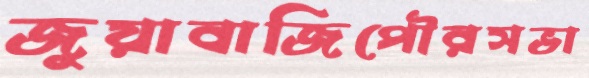
জুয়াবাজিপৌরসভা